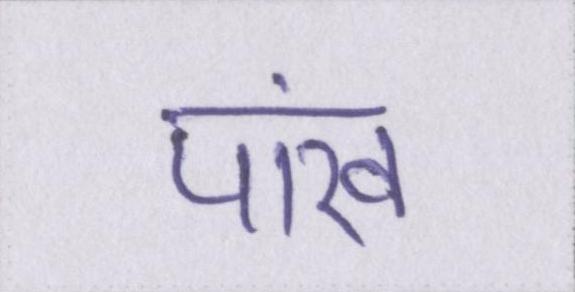
पांख